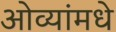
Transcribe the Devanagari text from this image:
ओव्यांमधे